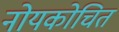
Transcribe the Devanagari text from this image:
नोयकोचित